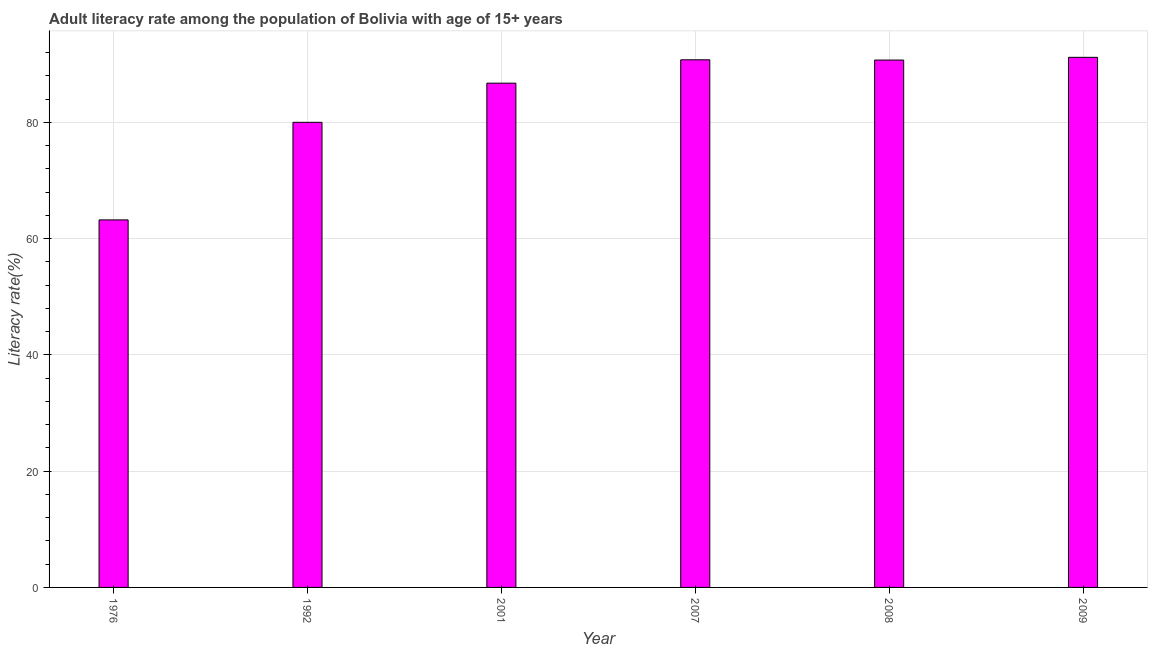
| Year | Adult literacy rate |
 | --- | --- |
 | 1976 | 63.2 |
 | 1992 | 80 |
 | 2001 | 86.7 |
 | 2007 | 90.7 |
 | 2008 | 90.7 |
 | 2009 | 91.2 |